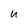
Character: u